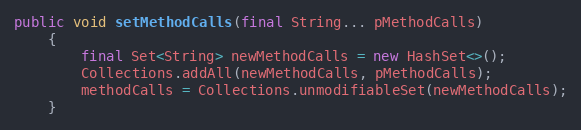
Language: Java
public void setMethodCalls(final String... pMethodCalls)
    {
        final Set<String> newMethodCalls = new HashSet<>();
        Collections.addAll(newMethodCalls, pMethodCalls);
        methodCalls = Collections.unmodifiableSet(newMethodCalls);
    }